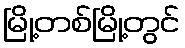
မြို့တစ်မြို့တွင်